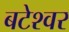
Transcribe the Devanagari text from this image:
बटेश्‍वर